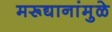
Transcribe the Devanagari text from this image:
मरूद्यानांमुळे